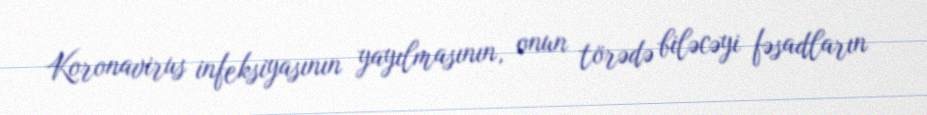
Koronavirus infeksiyasının yayılmasının, onun törədə biləcəyi fəsadların